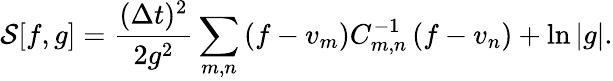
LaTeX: \mathcal{S}[f,g]=\frac{(\Delta t)^{2}}{2g^{2}}\sum_{m,n}\left(f-v_{m}\right)C_{m,n}^{-1}\left(f-v_{n}\right)+\ln|g|.